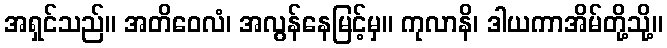
အရှင်သည်။ အတိဝေလံ၊ အလွန်နေမြင့်မှ။ ကုလာနိ၊ ဒါယကာအိမ်တို့သို့။